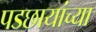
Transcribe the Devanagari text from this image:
पडछायांच्या